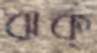
ঝক্